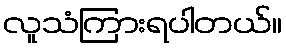
လူသံကြားရပါတယ်။